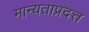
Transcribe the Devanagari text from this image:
मान्यताप्रदत्त